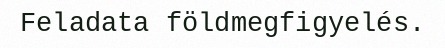
Feladata földmegfigyelés.